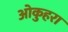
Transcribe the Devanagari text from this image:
ओकुहरा